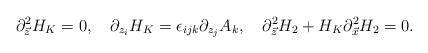
LaTeX: \begin{align*}\partial^{2}_{\vec{z}}H_{K}=0,\ \ \ \partial_{z_{i}}H_{K}=\epsilon_{ijk}\partial_{z_{j}}A_{k},\ \ \ \partial^{2}_{\vec{z}}H_{2}+H_{K}\partial^{2}_{\vec{x}}H_{2}=0.\end{align*}